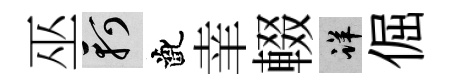
巫軻齔𦍒輟详倔